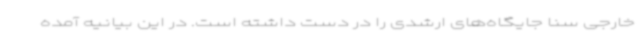
خارجی سنا جایگاه‌های ارشدی را در دست داشته است. در این بیانیه آمده